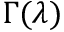
\Gamma ( \lambda )